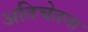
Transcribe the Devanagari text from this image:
अतिचेतना